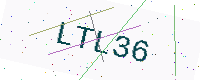
Text: LTL36